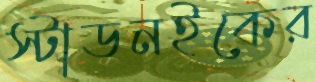
স্টাডনইকের